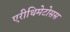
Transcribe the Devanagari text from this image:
एरीथिमेटोसस